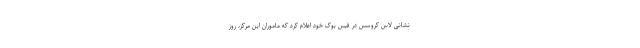
نشانی لاس کروسس در فیس بوک خود اعلام کرد که ماموران این مرکز، روز